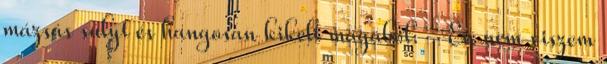
mázsás súlyt és hangosan kikelt magából. -Én nem viszem